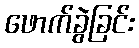
ဖောက်ခွဲခြင်း